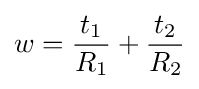
w={\frac {t_{1}}{R_{1}}}+{\frac {t_{2}}{R_{2}}}